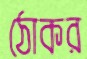
ঠোকর